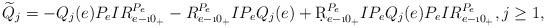
LaTeX: \begin{align*}\widetilde Q_j = -Q_j(e)P_eIR^{P_e}_{e-\i 0_+}-R^{P_e}_{e-\i 0_+}IP_eQ_j(e) +\d R^{P_e}_{e-\i 0_+} IP_eQ_j(e)P_eIR^{P_e}_{e-\i 0_+},j\ge 1,\end{align*}